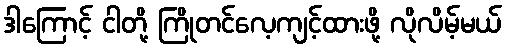
ဒါကြောင့် ငါတို့ ကြိုတင်လေ့ကျင့်ထားဖို့ လိုလိမ့်မယ်